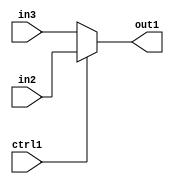
`timescale 1ps / 1ps
/*****************************************************************************
    Verilog RTL Description
    
    
    Created by: Stratus DpOpt 21.05.01 
*******************************************************************************/

module Filter_N_Mux_8_2_0_1 (
	in3,
	in2,
	ctrl1,
	out1
	); /* architecture "behavioural" */ 
input [7:0] in3,
	in2;
input  ctrl1;
output [7:0] out1;
wire [7:0] asc001;

reg [7:0] asc001_tmp_0;
assign asc001 = asc001_tmp_0;
always @ (ctrl1 or in2 or in3) begin
	case (ctrl1)
		1'B1 : asc001_tmp_0 = in2 ;
		default : asc001_tmp_0 = in3 ;
	endcase
end

assign out1 = asc001;
endmodule

/* CADENCE  uLP2TQk= : u9/ySxbfrwZIxEzHVQQV8Q== ** DO NOT EDIT THIS LINE ******/